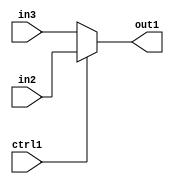
`timescale 1ps / 1ps
/*****************************************************************************
    Verilog RTL Description
    
    
    Created by: Stratus DpOpt 21.05.01 
*******************************************************************************/

module Filter_N_Mux_8_2_0_1 (
	in3,
	in2,
	ctrl1,
	out1
	); /* architecture "behavioural" */ 
input [7:0] in3,
	in2;
input  ctrl1;
output [7:0] out1;
wire [7:0] asc001;

reg [7:0] asc001_tmp_0;
assign asc001 = asc001_tmp_0;
always @ (ctrl1 or in2 or in3) begin
	case (ctrl1)
		1'B1 : asc001_tmp_0 = in2 ;
		default : asc001_tmp_0 = in3 ;
	endcase
end

assign out1 = asc001;
endmodule

/* CADENCE  uLP2TQk= : u9/ySxbfrwZIxEzHVQQV8Q== ** DO NOT EDIT THIS LINE ******/